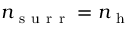
n _ { \mathrm { ~ s ~ u ~ r ~ r ~ } } = n _ { \mathrm { ~ h ~ } }